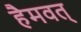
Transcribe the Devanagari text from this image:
हैमवत्